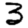
Digit: 3